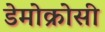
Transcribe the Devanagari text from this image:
डेमोक्रोसी